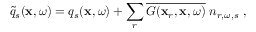
\widetilde { q } _ { s } ( \mathbf { x } , \omega ) = q _ { s } ( \mathbf { x } , \omega ) + \sum _ { r } \overline { { G ( \mathbf { x } _ { r } , \mathbf { x } , \omega ) } } \; n _ { r , \omega , s } \; ,